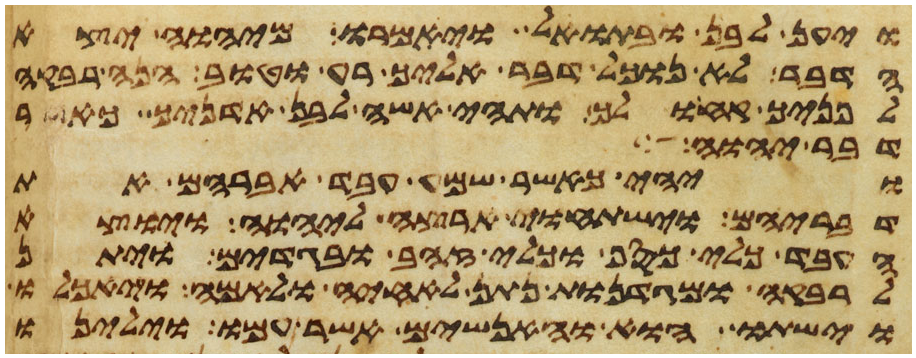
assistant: ויען לבן ובתואל ויאמרו מיהוה יצא
הדבר לא נוכל דבר אליך רע וטוב הנה רבקה
לפניך קח ולך ותהי אשה לבן אדניך כאשר
דבר יהוה
ויהי כאשר שמע עבד אברהם את
דבריהם וישתחוי ארצה ליהוה ויוצא
העבד כלי כסף וכלי זהב ובגדים ויתן
לרבקה ומגדנות נתן לאחיה ולאמה ויאכלו
וישתו הוא והאנשים אשר עמו וילינו